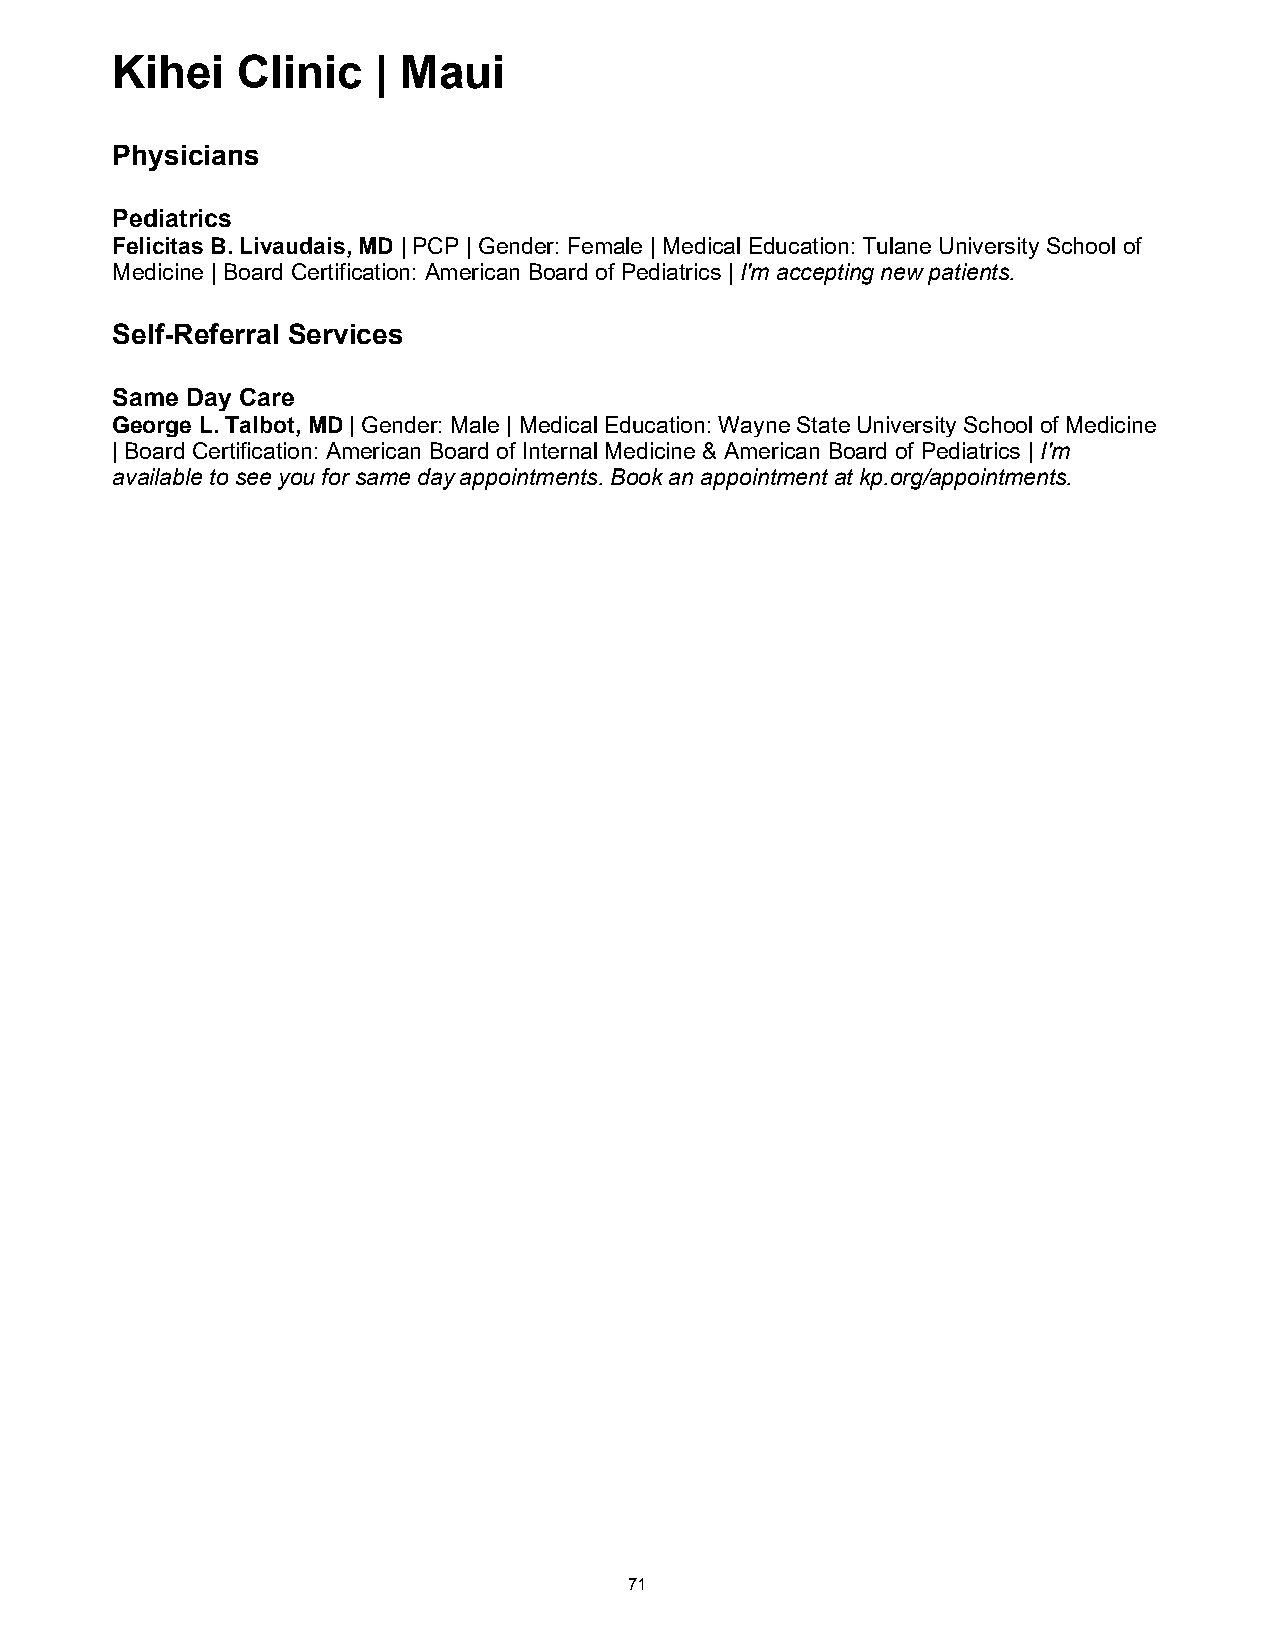
Kihei    Clinic   | Maui
 Physicians
 Pediatrics
 Felicitas B. Livaudais, MD | PCP | Gender: Female | Medical Education: Tulane University School of
 Medicine | Board Certification: American Board of Pediatrics | I'm accepting new patients.
 Self-Referral Services
 Same Day Care
 George L. Talbot, MD | Gender: Male | Medical Education: Wayne State University School of Medicine
 | Board Certification: American Board of Internal Medicine & American Board of Pediatrics | I'm
 available to see you for same day appointments. Book an appointment at kp.org/appointments.
 71